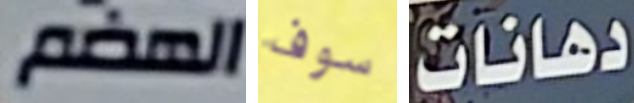
الهضم سوف دهانات